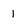
Character: 1